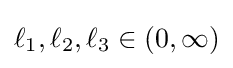
\ell _{1},\ell _{2},\ell _{3}\in (0,\infty )